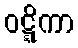
ဝဋ္ဋိကာ